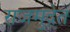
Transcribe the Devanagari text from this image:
राजमुद्रेत